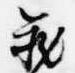
蔵